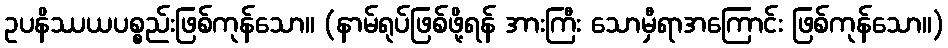
ဥပနိဿယပစ္စည်းဖြစ်ကုန်သော။ (နာမ်ရုပ်ဖြစ်ဖို့ရန် အားကြီး သောမှီရာအကြောင်း ဖြစ်ကုန်သော။)